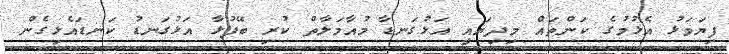
ފިޔަވަޅު އެޅުމުގެ ކަންތައް މިދިޔައީ އަޅުގަނޑާ މުއާމަލާތް ކުރި ބޭފުޅާ އަޅުގަނޑު ކަނޑައެޅިގެން